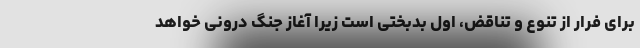
برای فرار از تنوع و تناقض، اول بدبختی است زیرا آغاز جنگ درونی خواهد